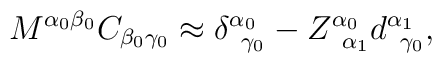
M^{\alpha _{0}\beta _{0}}C_{\beta _{0}\gamma _{0}}\approx \delta_{\;\;\gamma _{0}}^{\alpha _{0}}-Z_{\;\;\alpha _{1}}^{\alpha_{0}}d_{\;\;\gamma _{0}}^{\alpha _{1}},